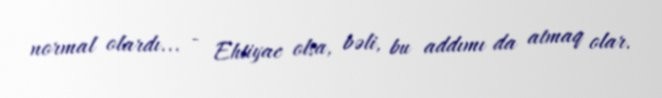
normal olardı... - Ehtiyac olsa, bəli, bu addımı da atmaq olar.